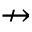
\nrightarrow